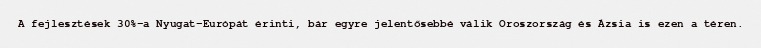
A fejlesztések 30%-a Nyugat-Európát érinti, bár egyre jelentősebbé válik Oroszország és Ázsia is ezen a téren.